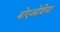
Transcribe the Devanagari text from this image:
बोएओशिया